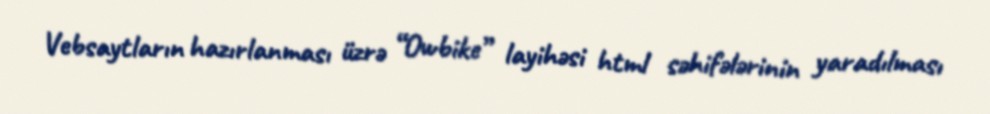
Vebsaytların hazırlanması üzrə “Owbike” layihəsi html səhifələrinin yaradılması